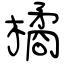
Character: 橘